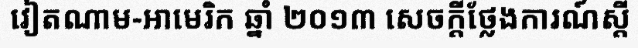
វៀតណាម-អាមេរិក ឆ្នាំ ២០១៣ សេចក្តីថ្លែងការណ៍ស្តី